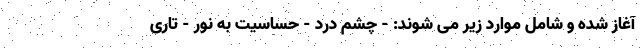
آغاز شده و شامل موارد زیر می شوند: - چشم درد - حساسیت به نور - تاری